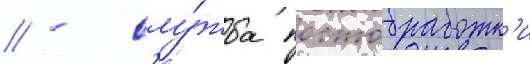
// - слу́жба постобработк'и